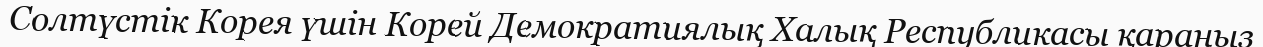
Солтүстік Корея үшін Корей Демократиялық Халық Республикасы қараңыз